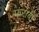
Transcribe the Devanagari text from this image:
फराबी